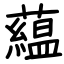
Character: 藴